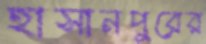
হাসানপুরের